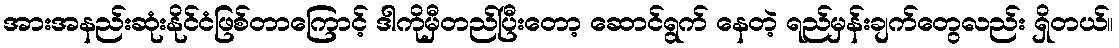
အားအနည်းဆုံးနိုင်ငံဖြစ်တာကြောင့် ဒါကိုမှီတည်ပြီးတော့ ဆောင်ရွက် နေတဲ့ ရည်မှန်းချက်တွေလည်း ရှိတယ်။